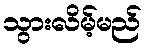
သွားလိမ့်မည်